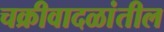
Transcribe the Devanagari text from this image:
चक्रीवादळांतील